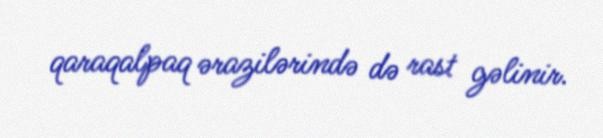
qaraqalpaq ərazilərində də rast gəlinir.